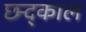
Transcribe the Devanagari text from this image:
छ्न्द्काल